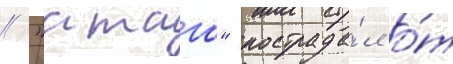
// "атаго" пострада́л о́т